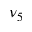
\nu _ { 5 }